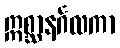
ဣစ္ဆာနင်္ဂလကာ